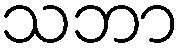
သဘာ